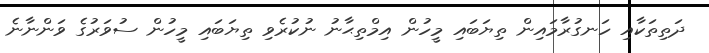
ދަތިތަކާއި ހަނގުރާމައިން ތިޔަބައި މީހުން އިމްތިޙާނު ނުކުރެވި ތިޔަބައި މީހުން ސުވަރުގެ ވަންނާނެ